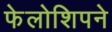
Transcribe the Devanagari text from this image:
फेलोशिपने